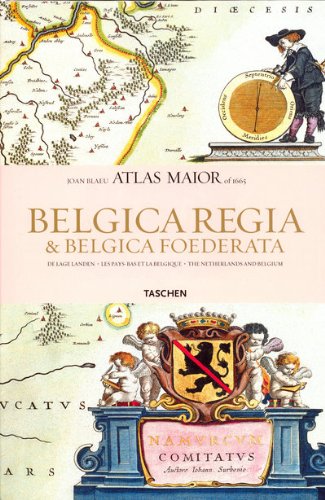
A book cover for Atlas Maior - Hollandia Et Belgica (French Edition); Joan Blaeu; Science & Math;